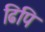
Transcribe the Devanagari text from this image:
ढिपि